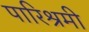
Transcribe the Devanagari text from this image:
पारिश्रमी